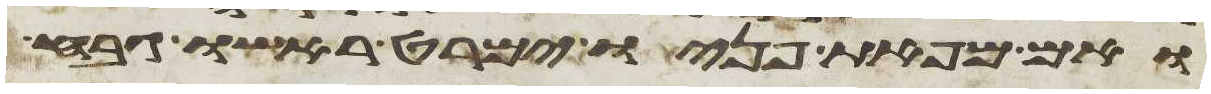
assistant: ואם מפאת פניו ימרט ראשו גבח